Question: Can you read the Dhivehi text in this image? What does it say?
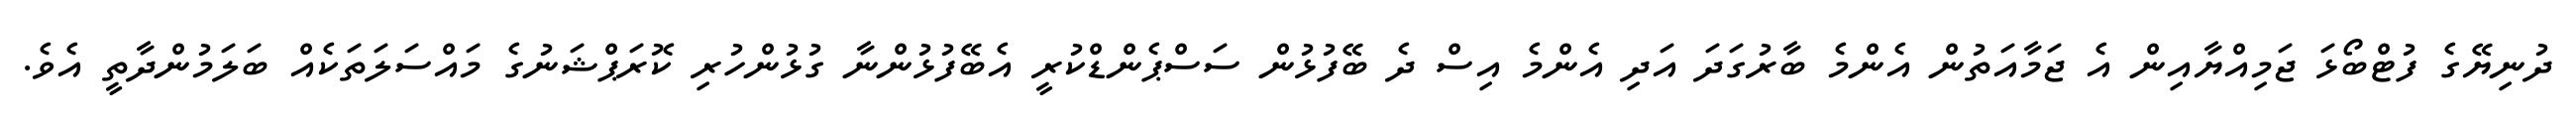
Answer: ދުނިޔޭގެ ފުޓްބޯޅަ ޖަމިއްޔާއިން އެ ޖަމާއަތުން އެންމެ ބާރުގަދަ އަދި އެންމެ އިސް ދެ ބޭފުޅުން ސަސްޕެންޑްކުރީ އެބޭފުޅުންނާ ގުޅުންހުރި ކޮރަޕްޝަނުގެ މައްސަލަތަކެއް ބަލަމުންދާތީ އެވެ.